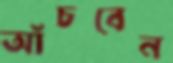
আঁচবেন